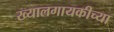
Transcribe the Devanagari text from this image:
ख्यालगायकीच्या